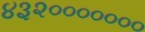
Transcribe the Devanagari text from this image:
४३२०००००००